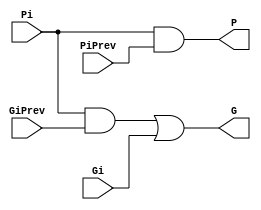
`timescale 1ns / 1ps
/*
 This step involves computation of carries corresponding to each bit. It uses
group propagate and generate as intermediate signals which are given by the logic
equations below:
Pi:j = Pi:k+1 and Pk:j
Gi:j = Gi:k+1 or (Pi:k+1 and Gk:j )

*/
module Cember(
output G, P, 
input Gi, Pi, GiPrev, PiPrev
);
  
  wire e;
  
  and #(1) (e, Pi, GiPrev);
  
  or #(1) (G, e, Gi);
  
  and #(1) (P, Pi, PiPrev);
  
endmodule